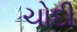
ચોદી